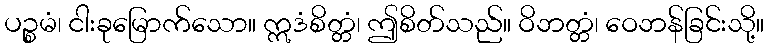
ပဉ္စမံ၊ ငါးခုမြောက်သော။ ဣဒံစိတ္တံ၊ ဤစိတ်သည်။ ဝိဘတ္တံ၊ ဝေဘန်ခြင်းသို့။